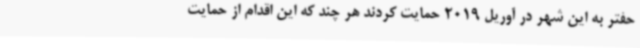
حفتر به این شهر در آوریل 2019 حمایت کردند هر چند که این اقدام از حمایت